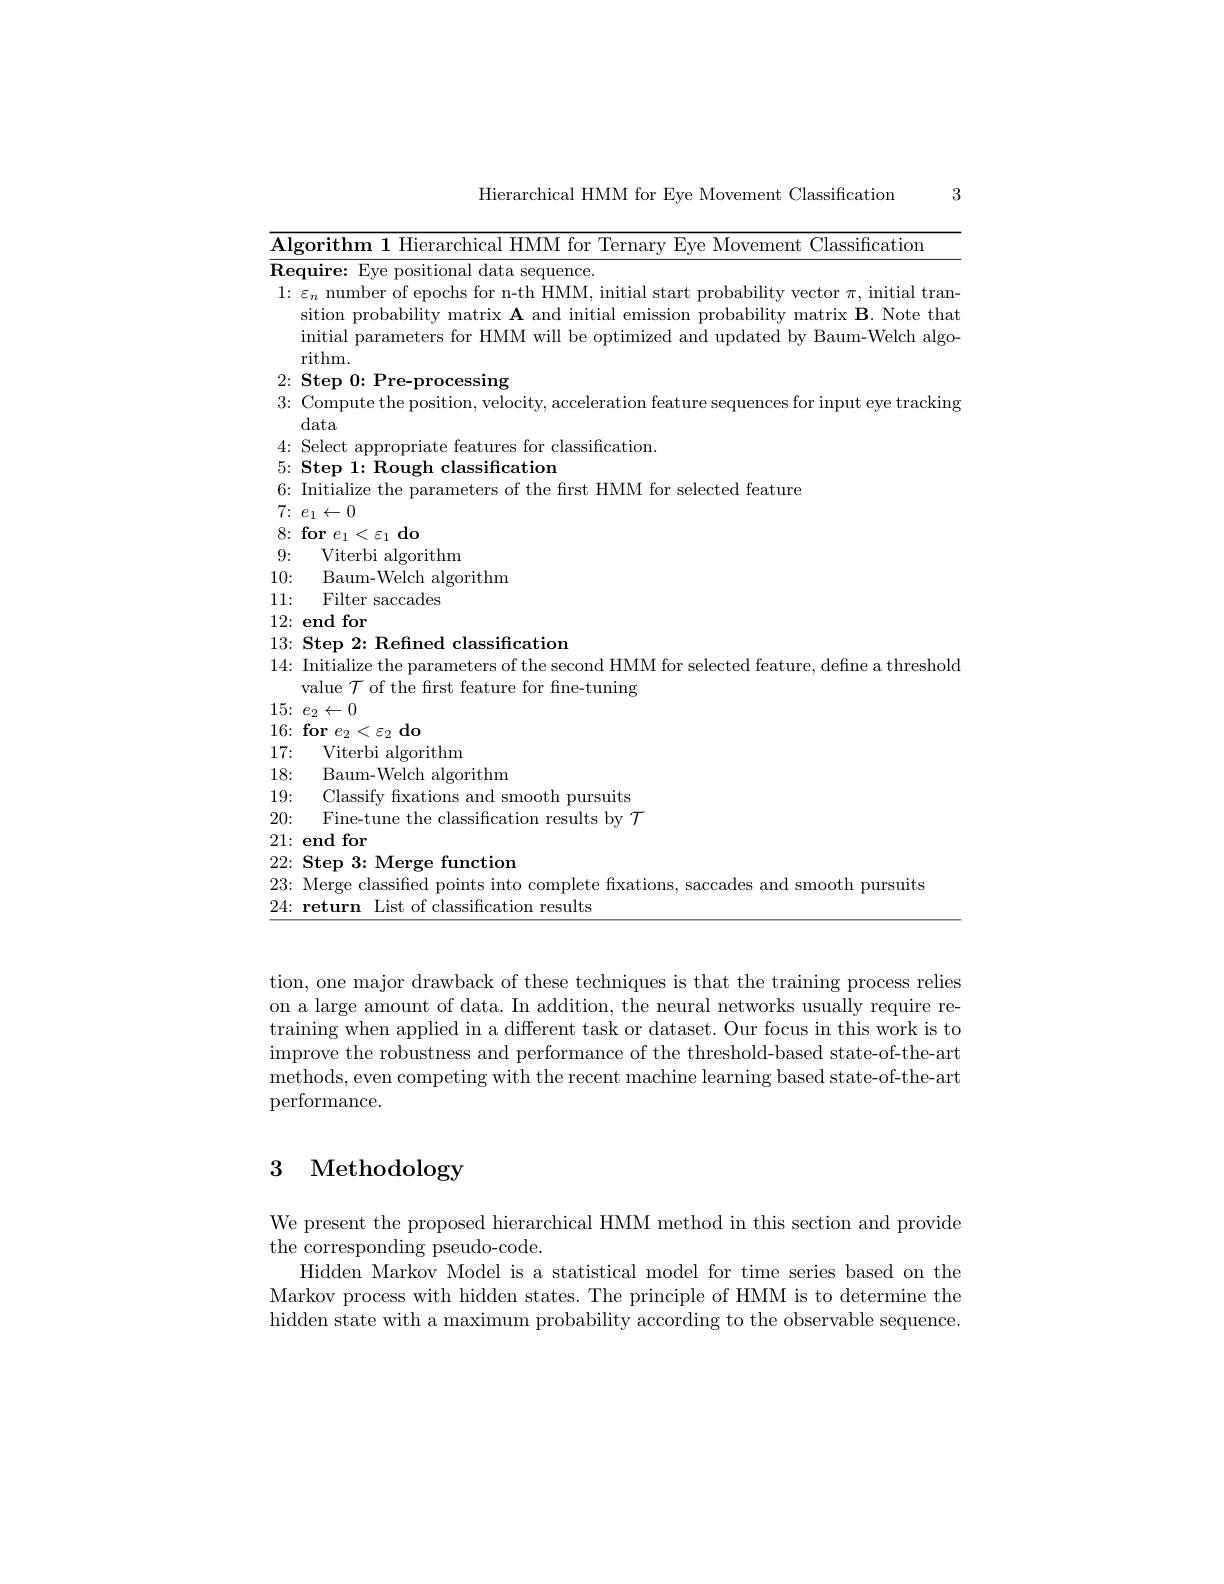
3

Hierarchical HMM for Eye Movement Classification

Algorithm 1 Hierarchical HMM for Ternary Eye Movement Classification
Require: Eye positional data sequence.
$1{:}\varepsilon_n$ number of epochs for n-th HMM, initial start probability vector $\pi$, initial tran-
sition probability matrix $\mathbf{A}$ and initial emission probability matrix B. Note that initial parameters for HMM will be optimized and updated by Baum-Welch algorithm.
$2{: }\textbf{ Step 0: Pre- processing}$
3{:} Compute the position, velocity, acceleration feature sequences for input eye tracking
data
4{:} Select appropriate features for classification.
5: Step 1: Rough classification
6: Initialize the parameters of the frst HMM for selected feature
$7\nobreak {: } $ $e_1\gets 0$
$8{: }\textbf{for}e_{1}< \varepsilon _{1}\textbf{do}$
9: Viterbi algorithm
10: $\bar{\text{Baum- Welch algorithm}}$
11: Filter saccades
12{:}end for
$13: \textbf{Step 2: Refined classification}$
$14{:\text{ Initialize the parameters of the second HMM for selected feature, define a threshold}}$
value $\mathcal{T}$ of the frst feature for fine-tuning
$15\nobreak {: } $ $e_{2}\gets 0$
$16\nobreak {: } \textbf{for }e_2< \varepsilon _2\textbf{do}$
17:
Viterbi algorithm
18:
Baum-Welch algorithm
19:
Classify fxations and smooth pursuits
20{:} Fine-tune the classification results by $\mathcal{T}$
$21\colon$end for
$22: \textbf{ Step 3: Merge function}$
23{:} Merge classified points into complete fixations, saccades and smooth pursuits
$24{: }\textbf{return}$ List of classification results

tion, one major drawback of these techniques is that the training process relies on a large amount of data. In addition, the neural networks usually require retraining when applied in a different task or dataset. Our focus in this work is to improve the robustness and performance of the threshold-based state-of-the-art methods, even competing with the recent machine learning based state-of-the-art performance.

# 3 Methodology

We present the proposed hierarchical HMM method in this section and provide
the corresponding pseudo-code.
Hidden Markov Model is a statistical model for time series based on the Markov process with hidden states. The principle of HMM is to determine the hidden state with a maximum probability according to the observable sequence.